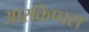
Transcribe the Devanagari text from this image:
आरकिप्पस